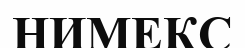
НИМЕКС